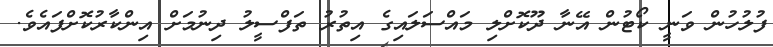
ފުލުހުން ވަނީ ކޯޓުން އޭނާ ދޫކޮށްލި މައްސަލައިގެ އިތުރު ތަފްސީލު ދިނުމަށް އިންކާރުކޮށްފައެވެ.